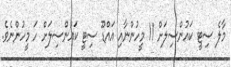
މާލެ ސިޓީ ކައުންސިލަށް 11 މީހުންނާއި އައްޑޫ ސިޓީ ކައުންސިލަށް ހަ މީހުންނެވެ.